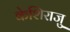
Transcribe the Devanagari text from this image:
केशिराजु